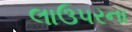
લાઉપરના